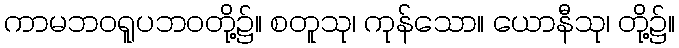
ကာမဘဝရူပဘဝတို့၌။ စတူသု၊ ကုန်သော။ ယောနီသု၊ တို့၌။